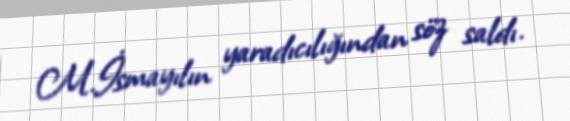
M.İsmayılın yaradıcılığından söz saldı.